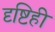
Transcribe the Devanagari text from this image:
दृष्टिही